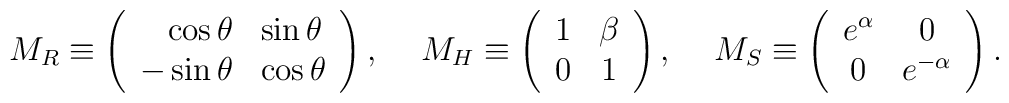
M_R \equiv \left( \begin{array}{rl} \cos \theta & \sin \theta \\                                     - \sin \theta & \cos \theta                       \end{array}     \right), \hspace{0.5cm} M_H \equiv \left( \begin{array}{cc} 1 & \beta \\                                       0 &  1                       \end{array}     \right), \hspace{0.5cm} M_S \equiv \left( \begin{array}{cc}  e^{\alpha} & 0 \\                                               0   & e^{- \alpha}                       \end{array}     \right).